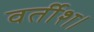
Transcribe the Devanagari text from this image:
वर्तीश।